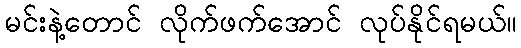
မင်းနဲ့တောင် လိုက်ဖက်အောင် လုပ်နိုင်ရမယ်။